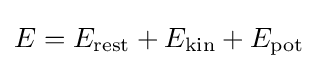
E=E_{\rm {rest}}+E_{\rm {kin}}+E_{\rm {pot}}